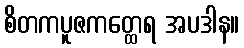
စိတကပူဇကတ္ထေရ အပဒါန။